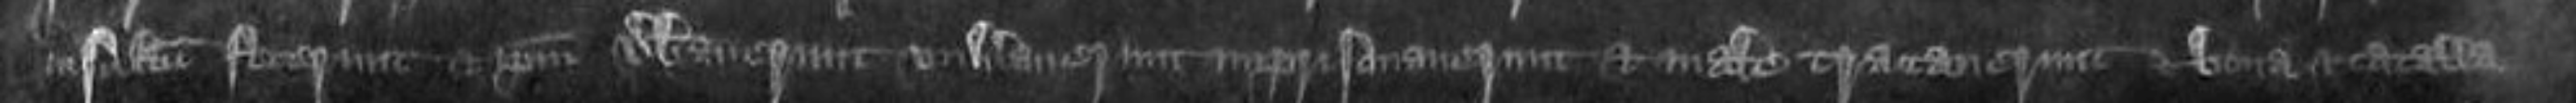
insultum fecerunt et ipsum verberaverunt vulneraverunt imprisonaverunt et maletractaverunt et bona et catalla